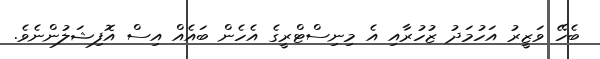
ބެހޭ ވަޒީރު އަހުމަދު ޒުހުރާއި އެ މިނިސްޓްރީގެ އެހެން ބައެއް އިސް އޮފިޝަލުންނެވެ.